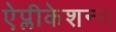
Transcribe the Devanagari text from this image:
ऐप्लीकेशन्स